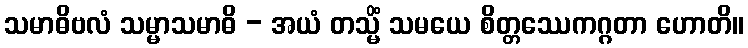
သမာဓိဗလံ သမ္မာသမာဓိ - အယံ တသ္မိံ သမယေ စိတ္တဿေကဂ္ဂတာ ဟောတိ။